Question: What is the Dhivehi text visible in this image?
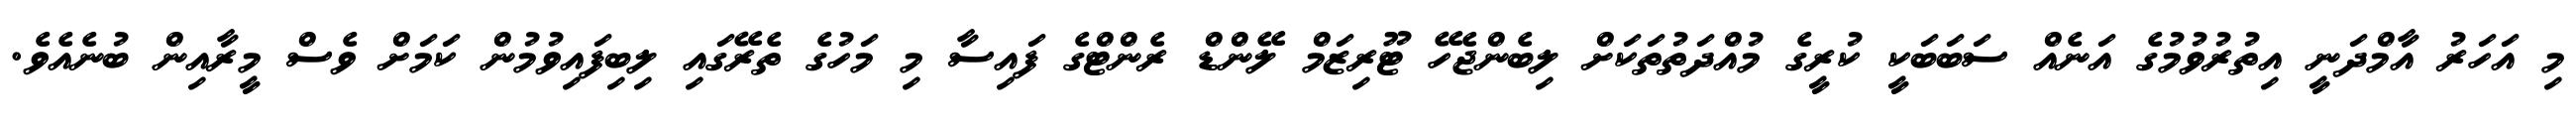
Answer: މި އަހަރު އާމްދަނީ އިތުރުވުމުގެ އަނެއް ސަބަބަކީ ކުރީގެ މުއްދަތުތަކަށް ލިބެންޖެހޭ ޓޫރިޒަމް ލޭންޑް ރެންޓްގެ ފައިސާ މި މަހުގެ ތެރޭގައި ލިބިފައިވުމުން ކަމަށް ވެސް މީރާއިން ބުނެއެވެ.